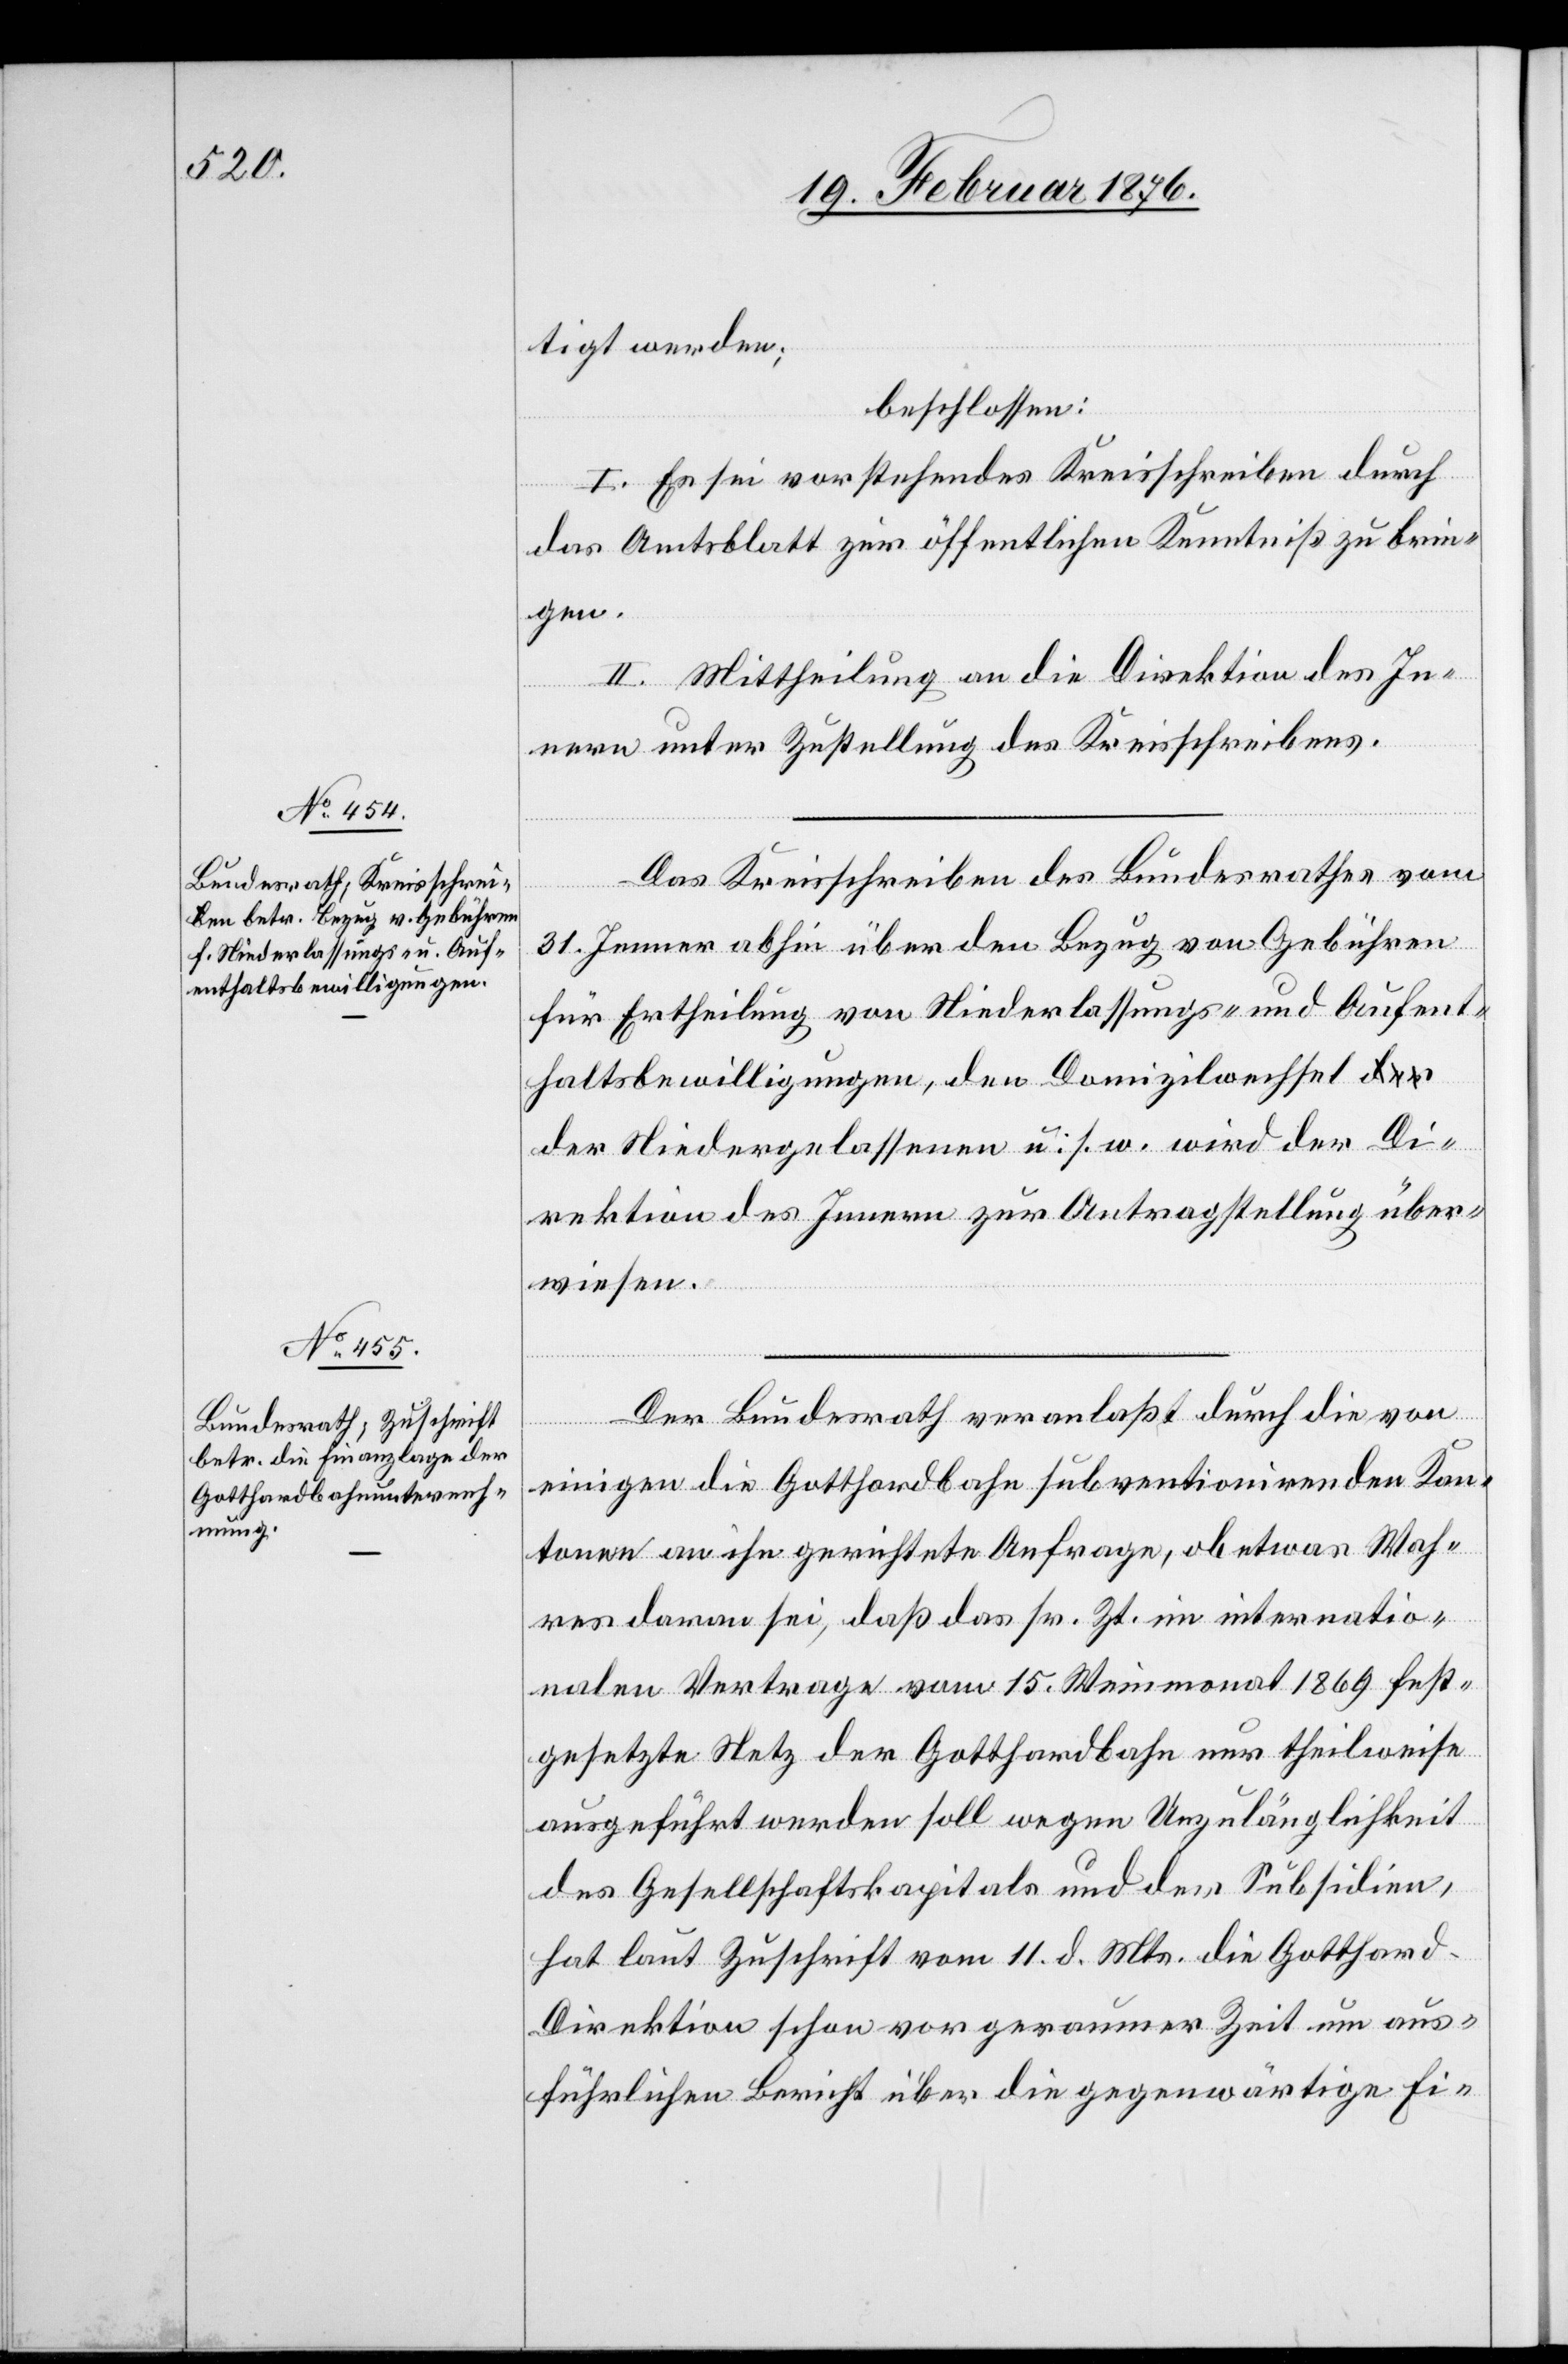
tigt werden;
beschlossen:
I. Es sei vorstehendes Kreisschreiben durch
das Amtsblatt zur öffentlichen Kenntniß zu brin¬
gen.
II. Mittheilung an die Direktion des In¬
nern unter Zustellung des Kreisschreibens.
Das Kreisschreiben des Bundesrathes vom
31. Jenner abhin über den Bezug von Gebühren
für Ertheilung von Niederlassungs- und Aufent¬
haltsbewilligungen, den Domizilwechsel d¬
er Niedergelassenen u. s. w. wird der Di¬
rektion des Innern zur Antragstellung über¬
wiesen.
Der Bundesrath veranlaßt durch die von
einigen die Gotthardbahn subventionirenden Kan¬
tonen an ihn gerichtete Anfrage, ob etwas Wah¬
res daran sei, daß das sr. Zt. im internatio¬
nalen Vertrage vom 15. Weinmonat 1869 fest¬
gesetzte Netz der Gotthardbahn nur theilweise
ausgeführt werden soll wegen Unzulänglichkeit
des Gesellschaftskapitals und der Subsidien,
hat laut Zuschrift vom 11. d. Mts. die Gotthard-D¬
irektion schon vor geraumer Zeit um aus¬
führlichen Bericht über die gegenwärtige Fi-